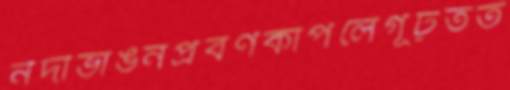
নদীভাঙনপ্রবণকাঁপলেগূঢ়তত